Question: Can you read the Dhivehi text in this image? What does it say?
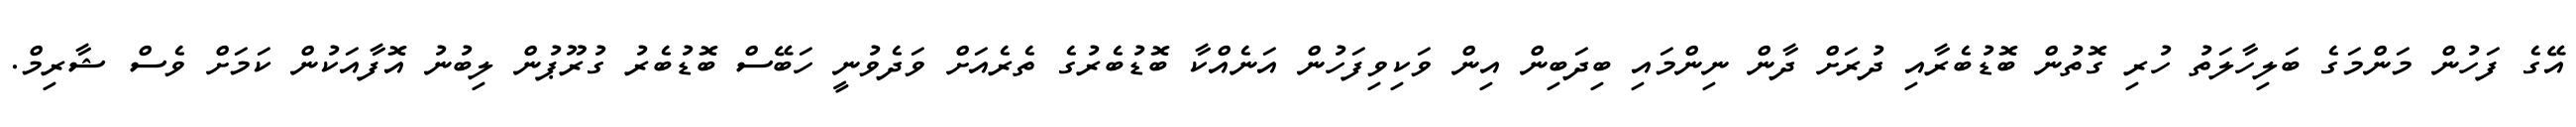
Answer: އޭގެ ފަހުން މަންމަގެ ބަލިހާލަތު ހުރި ގޮތުން ބޮޑުބެރާއި ދުރަށް ދާން ނިންމައި ބިދަބިން އިން ވަކިވިފަހުން އަނެއްކާ ބޮޑުބެރުގެ ތެރެއަށް ވަދެވުނީ ހަބޭސް ބޮޑުބެރު ގުރޫޕުން ލިބުނު އޮފާއަކުން ކަމަށް ވެސް ޝާރިމް.